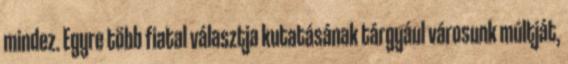
mindez. Egyre több fiatal választja kutatásának tárgyául városunk múltját,